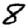
Digit: 8